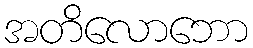
အတိလောဘော